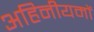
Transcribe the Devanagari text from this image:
अहिनीयमों